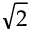
\sqrt 2